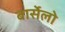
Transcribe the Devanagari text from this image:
बार्सेलो